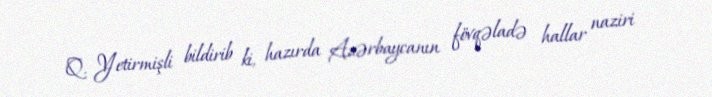
Q. Yetirmişli bildirib ki, hazırda Azərbaycanın fövqəladə hallar naziri